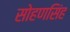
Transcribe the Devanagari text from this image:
सोहणसिंह